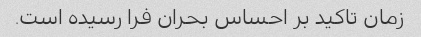
زمان تاکید بر احساس بحران فرا رسیده است.